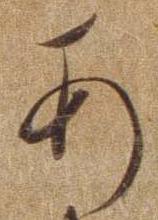
あ